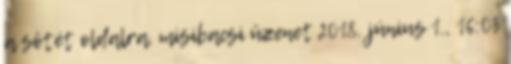
a sötét oldalra. misibacsi üzenet 2018. június 1., 16:03